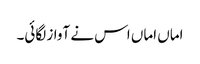
اماں اماں اس نے آواز لگائی۔